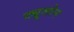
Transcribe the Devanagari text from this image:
ट्यूलोन